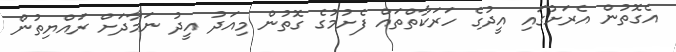
އެގޮތުން އެރަށުގައި އީދުގެ ހަރަކާތްތައް ފެށުމުގެ ގޮތުން މިއަދު އީދު ނަމާދަށް ރައްޔިތުން